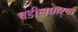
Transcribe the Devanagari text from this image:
वडीलधार्‍या